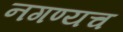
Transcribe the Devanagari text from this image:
नगण्यच